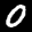
Label: 0